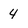
Character: 4